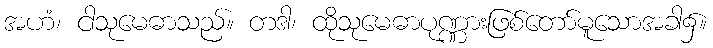
အဟံ၊ ငါသုမေဓာသည်။ တဒါ၊ ထိုသုမေဓာပုဏ္ဏားဖြစ်တော်မူသောအခါ၌။